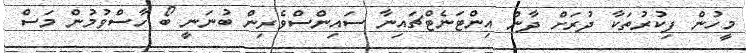
މީހުން ފިކުރުތަކާ ދުރަށް ދާން އިންޓަނެޓްޗައިނާ ސައިންސްވެރިން ބުނަނީ ބޯ ހާސްވުމުން މަސް